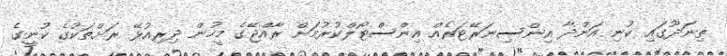
ތިނަދޫގައި ކުނި އަންދާ އިންސިނަރޭޓަރެއް އިންސްޓޯލްކުރުމަށް ރާއްޖޭގެ މީހުން ދިރިއުޅޭ ރަށްތަކުގެ ކުނީގެ